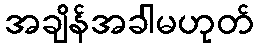
အချိန်အခါမဟုတ်